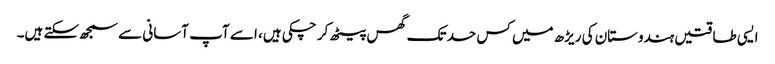
ایسی طاقتیں ہندوستان کی ریڑھ میں کس حد تک گھس پیٹھ کر چکی ہیں، ا سے آپ آسانی سے سمجھ سکتے ہیں۔